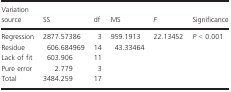
| Variation source | SS | df | MS | F | Significance |
 | --- | --- | --- | --- | --- | --- |
 | Regression | 2877.57386 | 3 | 959.1913 | 22.13452 | P < 0.001 |
 | Residue | 606.684969 | 14 | 43.33464 |  |  |
 | Lack of fit | 603.906 | 11 |  |  |  |
 | Pure error | 2.779 | 3 |  |  |  |
 | Total | 3484.259 | 17 |  |  |  |